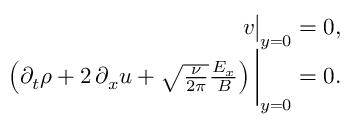
\begin{array} { r } { v \big | _ { y = 0 } = 0 , } \\ { \left( \partial _ { t } \rho + 2 \, \partial _ { x } u + \sqrt { \frac { \nu } { 2 \pi } } \frac { E _ { x } } { B } \right) \bigg | _ { y = 0 } = 0 . } \end{array}